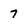
Character: 7